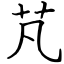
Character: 芃